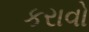
કરાવો